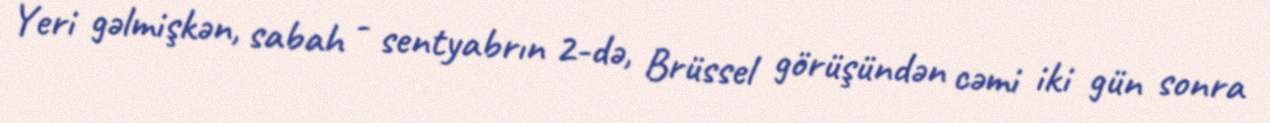
Yeri gəlmişkən, sabah - sentyabrın 2-də, Brüssel görüşündən cəmi iki gün sonra